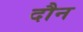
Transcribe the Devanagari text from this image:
दौन